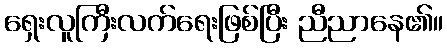
ရှေးလူကြီးလက်ရေးဖြစ်ပြီး ညီညာနေ၏။